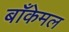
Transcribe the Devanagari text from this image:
बाँकेमल